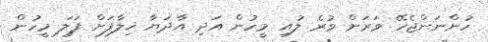
ހުންނަންޖެހޭ ވަރަށް ވުރެ ލުއި މީހުން އަދި އާދަޔާ ޚިލާފަށް ފަލަ މީހުން